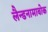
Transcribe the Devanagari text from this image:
लैन्डनामाबोक